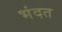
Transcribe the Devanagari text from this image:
भंदत